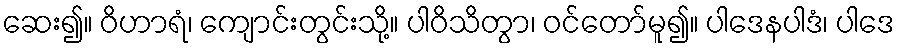
ဆေး၍။ ဝိဟာရံ၊ ကျောင်းတွင်းသို့။ ပါဝိသိတွာ၊ ဝင်တော်မူ၍။ ပါဒေနပါဒံ၊ ပါဒေ